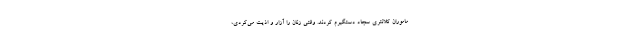
ماموران کلانتری سجاد دستگیرم کردند. وقتی زنان را آزار و اذیت می‌کردی،